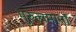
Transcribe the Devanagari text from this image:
गुरुत्वमानों